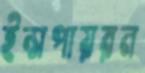
ইন্সপায়রন